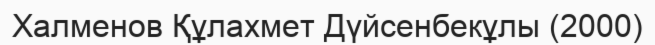
Халменов Құлахмет Дүйсенбекұлы (2000)